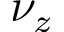
\nu _ { z }